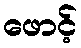
ဖောင့်